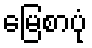
မြေစာပုံ